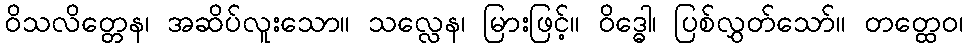
ဝိသလိတ္တေန၊ အဆိပ်လူးသော။ သလ္လေန၊ မြားဖြင့်။ ဝိဒ္ဓေါ၊ ပြစ်လွှတ်သော်။ တတ္ထေဝ၊